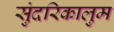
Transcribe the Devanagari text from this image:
सुंदरिकालुम